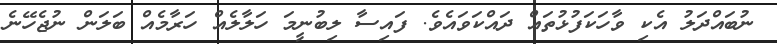
ނުބައްދަލު އެކި ވާހަކަފުޅުތައް ދައްކަވައެވެ. ފައިސާ ލިބުނީމަ ހަލާލެއް ހަރާމެއް ބަލަން ނުޖެހޭނެ